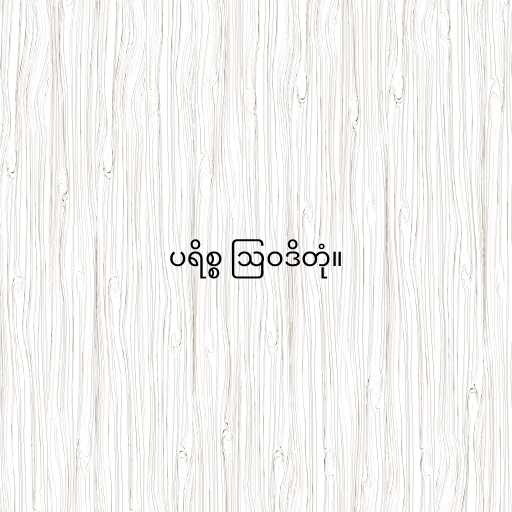
ပရိစ္စ ဩဝဒိတုံ။